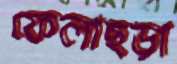
ফেলাছড়া